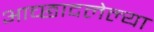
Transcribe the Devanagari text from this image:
आच्छादलेल्या